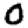
Digit: 0